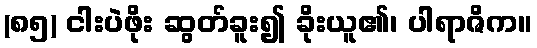
(၈၅) ငါးပဲဖိုး ဆွတ်ခူး၍ ခိုးယူ၏၊ ပါရာဇိက။